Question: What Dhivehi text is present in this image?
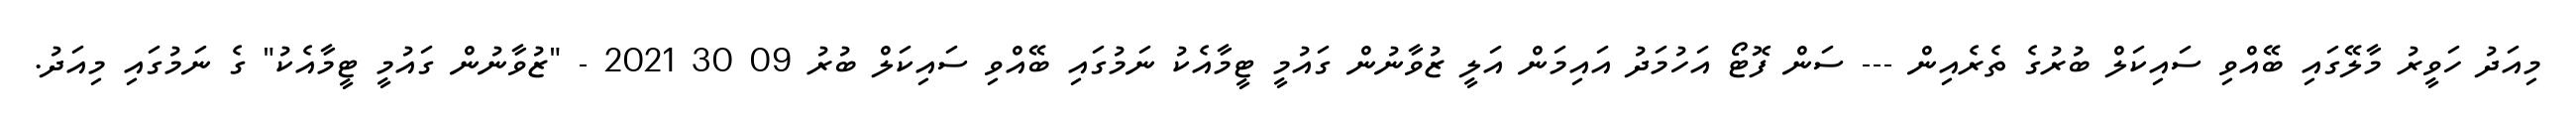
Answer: މިއަދު ހަވީރު މާލޭގައި ބޭއްވި ސައިކަލް ބުރުގެ ތެރެއިން --- ސަން ފޮޓޯ އަހުމަދު އައިމަން އަލީ ޒުވާނުން ގައުމީ ޓީމާއެކު ނަމުގައި ބޭއްވި ސައިކަލް ބުރު 09 30 2021 - "ޒުވާނުން ގައުމީ ޓީމާއެކު" ގެ ނަމުގައި މިއަދު.